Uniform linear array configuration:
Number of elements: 4
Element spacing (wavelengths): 1
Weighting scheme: cosine
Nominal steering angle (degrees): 30
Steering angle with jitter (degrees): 29.693
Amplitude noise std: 0.05
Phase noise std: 0.05

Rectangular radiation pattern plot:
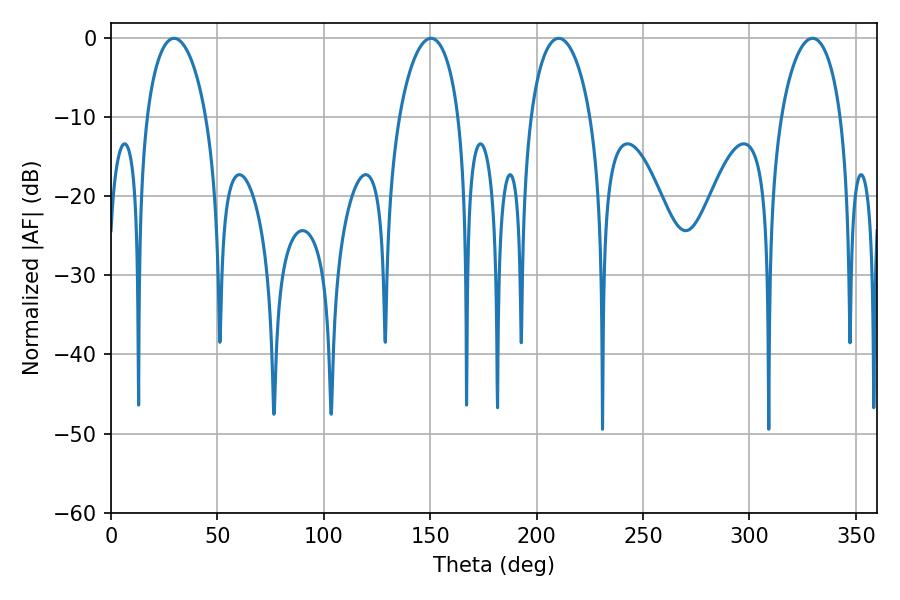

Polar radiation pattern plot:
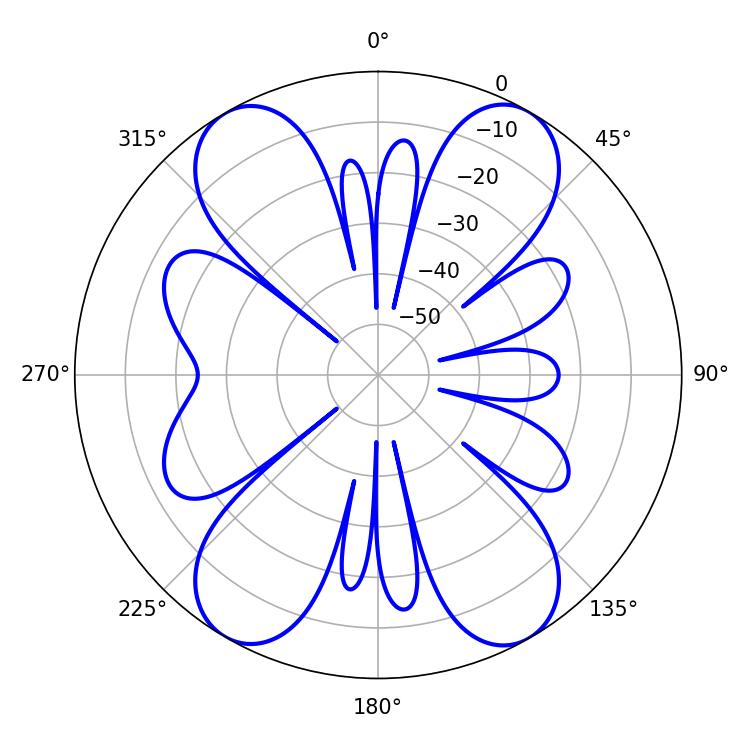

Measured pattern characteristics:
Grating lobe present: TRUE
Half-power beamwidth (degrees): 16.02
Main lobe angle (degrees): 29.7